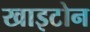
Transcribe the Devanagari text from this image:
खाइटोन